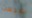
ضيعت